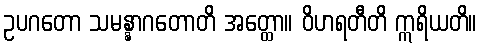
ဥပဂတော သမန္နာဂတောတိ အတ္ထော။ ဝိဟရတီတိ ဣရိယတိ။